Report of the Municipal Commissioner on the plague in Bombay for the year ending 31st May... - Volume 2
Disease focus: Plague
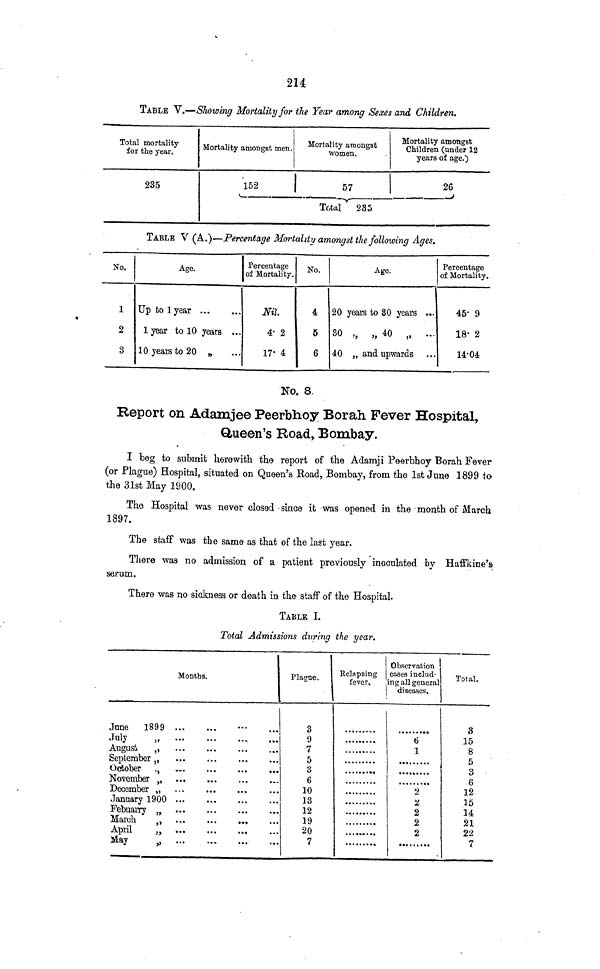
214
TABLE V.—Showing Mortality for the Year among Sexes and Children.
Total mortality
for the year.
235
Mortality amongst men.
152
Mortality amongst
women.
1
*
Total 285
Mortality amongst
Children (under 12
years of age.)
26
T
T— ... „
,,,— '
TABLE V (A.)—Percentage Mortality amongst the following Ages.
No.
1
2
3
A
Percentage
A§e>
| of Mortality.
Up to lyear
1 year to 10 years ...
10 years to 20 „
Nil.
4- 2
17' 4
No.
4
5
6
Age.
20 years to 80 years ...
SO „ „ 40 „ ...
40 „ and upwards
Percentage
of Mortality.
45' 9
18- 2
14-04
No. 8.
Report on Adamjee Peerbhoy Borah Fever Hospital,
Q,ueen's Road, Bombay.
I beg to submit herewith the report of the Adamji Peerbhoy Borah Fever
(or Plague) Hospital, situated on Queen's Road, Bombay, from the 1st June 1899 to
the 31st May 1900.
The Hospital was never closed since it was opened in the month of March
1897.
The staff was the same as that of the last year.
There was no admission of a patient previously inoculated by Haffkine's
serum.
There was no sickness or death in the staff of the Hospital.
TABLE I.
Total Admissions during the year.
Months.
June 1899
January 1900 ...
Plague.
3
9
7
5
3
6
10
13
12
19
20
7
i
Relapsing
fever.
Observation
cases includ-
ing all general
diseases.
6
1
2
2
2
2
2
.
Total.
8
15
8
5
3
6
12
15
14
21
22
7